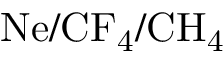
\mathrm { N e / C F _ { 4 } / C H _ { 4 } }